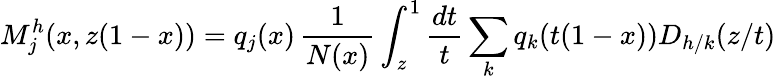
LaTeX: M_{j}^{h}(x,z(1-x))=q_{j}(x)\, \frac{1}{N(x)}\int_{z}^{1}\frac{dt}{t}\sum_{k}q_{k}(t(1-x))D_{h/k}(z/t)